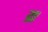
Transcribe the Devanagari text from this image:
य्र